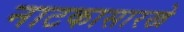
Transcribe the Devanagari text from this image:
नाटकासारखे